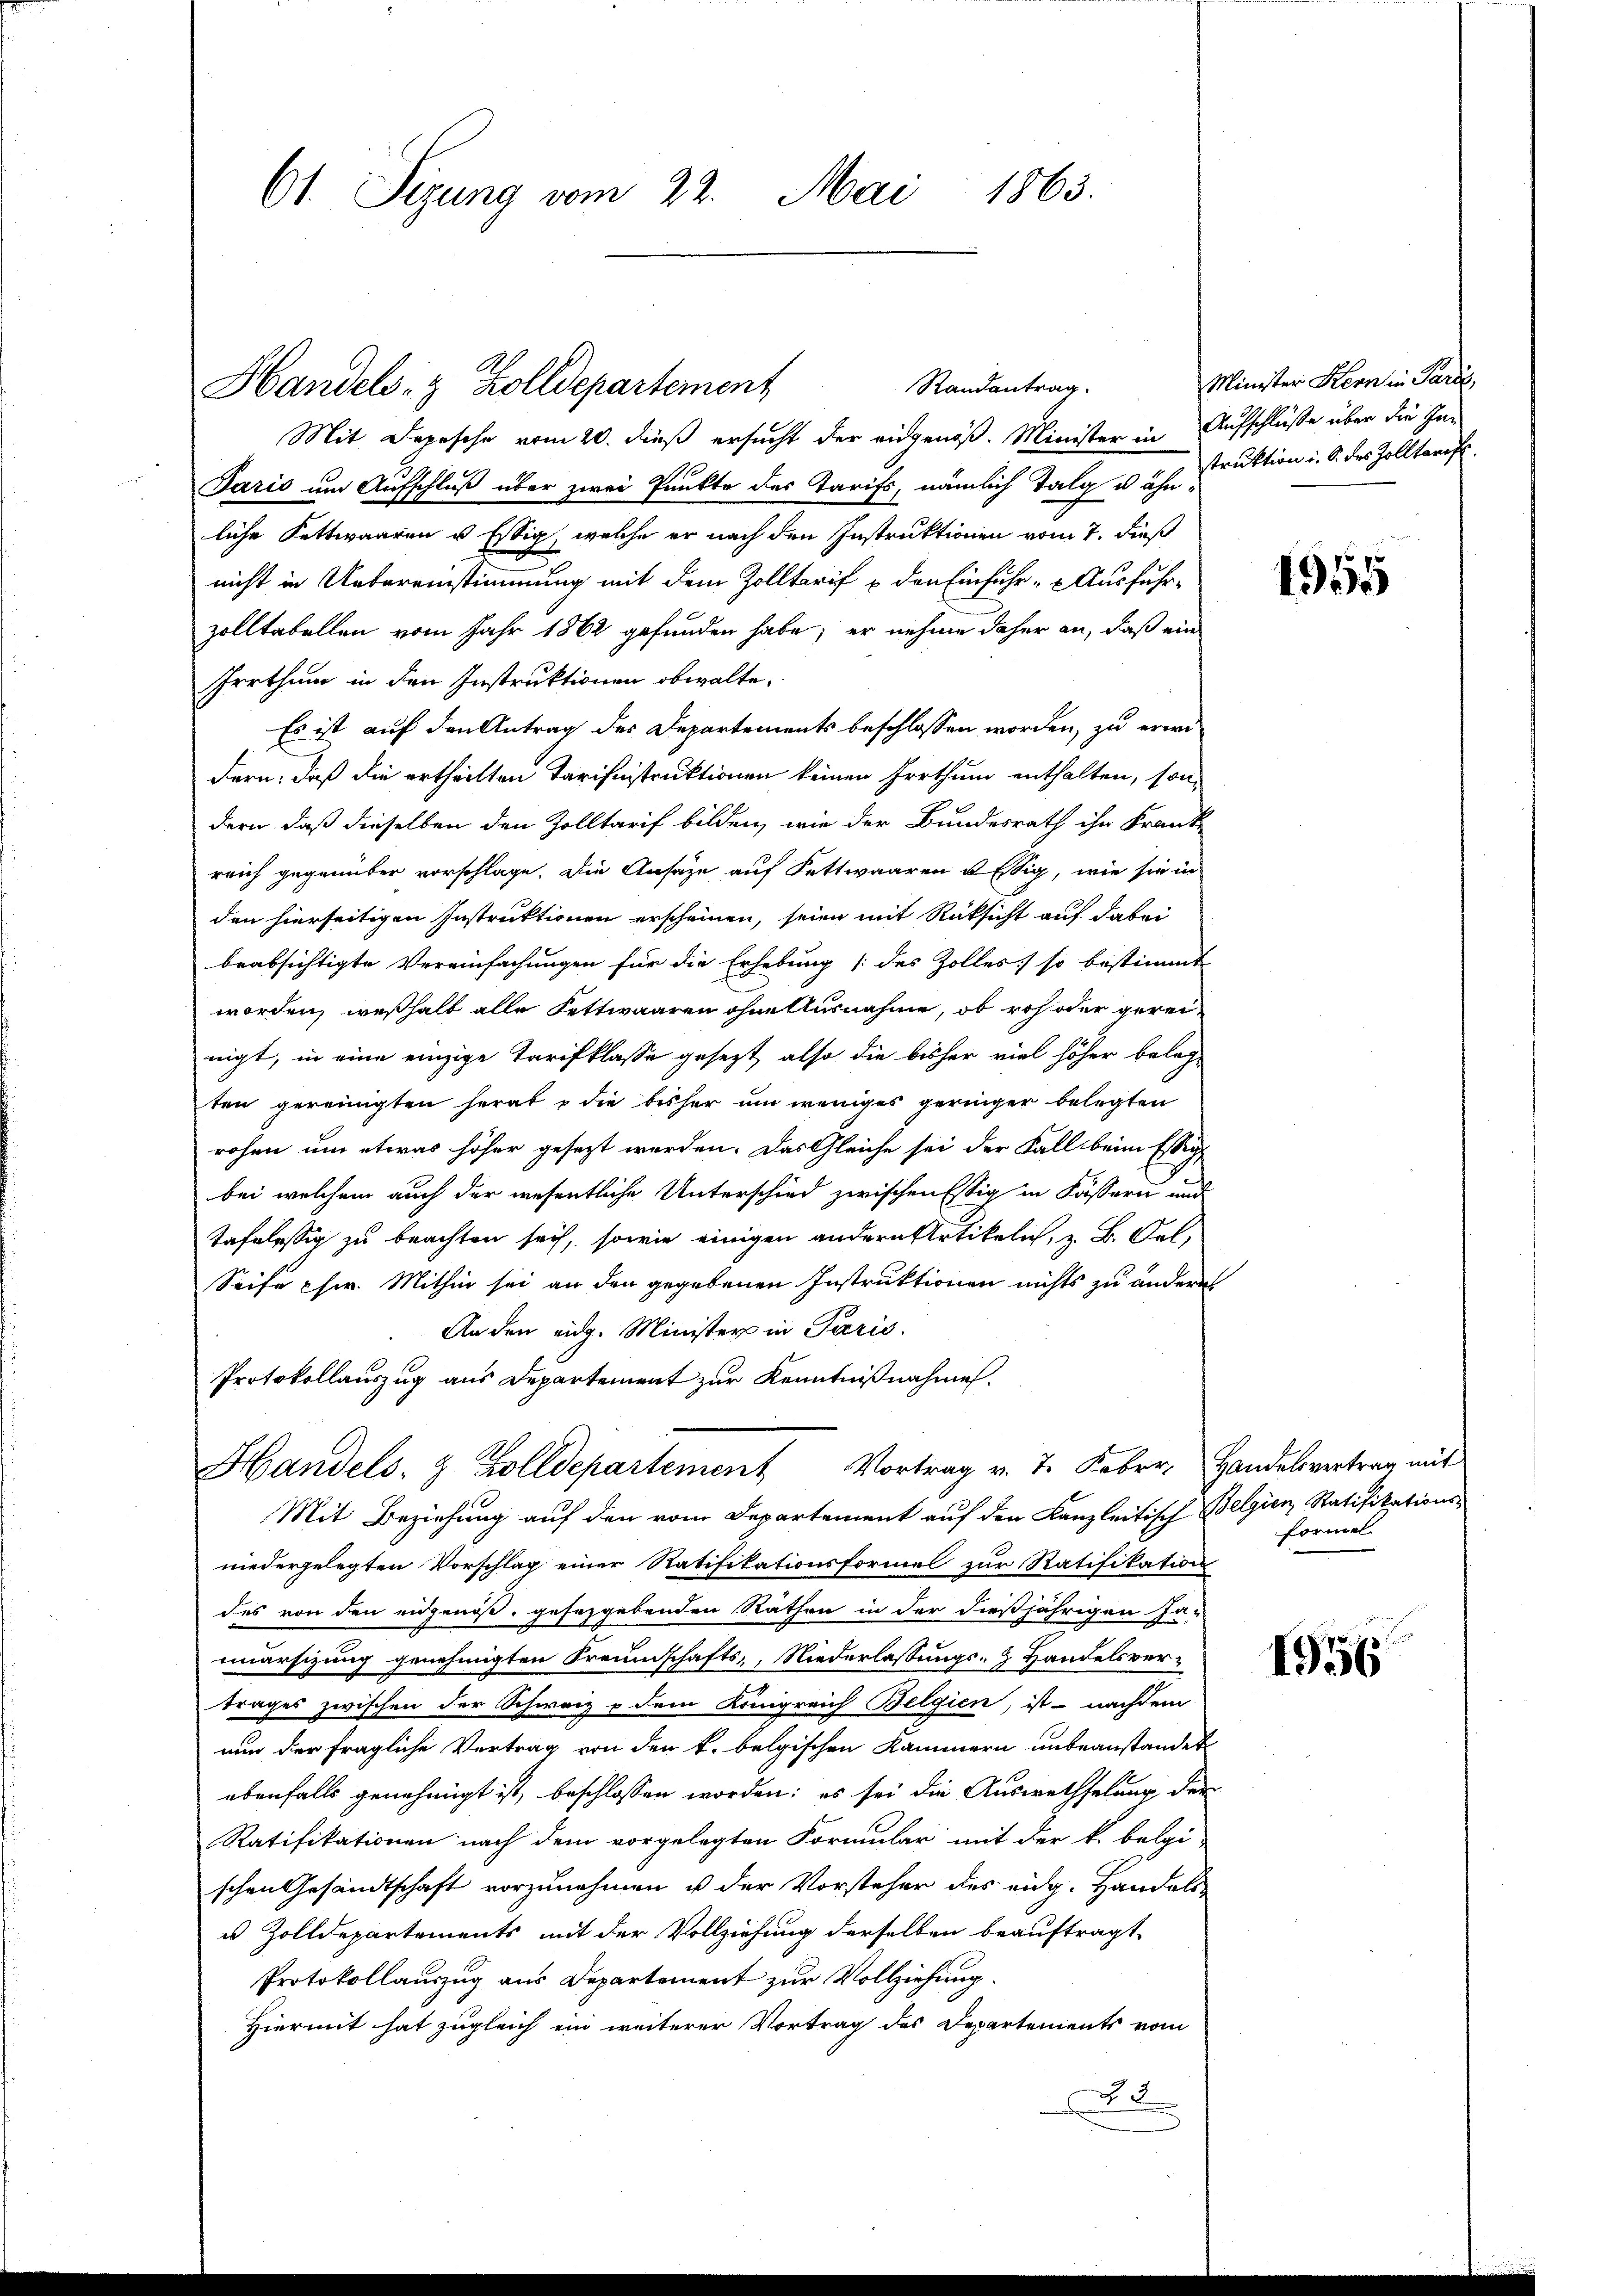
61. Sizung vom 22. Mai 1863.

Mit Depesche vom 20. dieß ersucht der eidgenöß. Minister in Aufschlüsse über die In¬
Jaris um Aufschluß über zwei Punkte des Tarifs, nämlich Talg u ähn-
liche Fettwaaren u Essig, welche er nach den Instruktionen vom 7. dieß
nicht in Uebereinstimmung mit dem Zolltarif u. den Einfuhr - Ausfuhrzolltabellen vom Jahr 1862 gefunden habe; er nehme daher an, daß ein
Irrthum in den Instruktionen obwalte,
Es ist auf den Antrag des Departements beschlossen worden, zu erwidern, daß die ertheilten Tarifnistruktionen keinen Irrthum enthalten, sondern, daß dieselben den Zolltarif bilden, wie der Bundesrath ihr Frank
reich gegenüber vorschlage. Die Ansäze auf Fettwaaren estig, wie sie in
den hierseitigen Instruktionen erscheinen, seien mit Rüksicht auf dabei
beabsichtigte Vereinfachungen für die Erhebung (des Zolles so bestimmt
worden, weshalt alle Fettwaaren ohne Ausnahme, ob roh oder gereinigt, in eine einzige Tarifklasse gesezt, also die bisher viel höher belegten gereinigten herab die bisher um weniges geringer belegten
rohen um etwas höher gesezt werden. Das Gleiche sei der Fall beim Essig
bei welchem auch der wesentliche Unterschied zwischen Essig in Kassern und
tafelessig zu beachten sei, sowie einigen andern Artikeln, z. B. Oel,
Seife chir. Mithin sei an den gegebenen Instruktionen nichts zu anderes
An den eidg. Minister in Paris.
Protokollauszug aus Departement zur Kenntnißnahme.
Handels- & Zolldepartement Vortrag v. 7. Febr. Handelsvertrag mit
Mit Beziehung auf den vom Departement auf den Kanzleitisch Belgien Ratifikations-
niedergelegten Vorschlag einer Ratifikationsformel zur Ratifikation
des von den eidgenoß, gesezgebenden Räthen in der dießjährigen Ja-
mnarsizung genehmigten Freundschafts-, Niederlassungs- & Handelsvertrages zwischen der Schwarz & dem Königreich Belgien, ist nachdem
nun der fragliche Vertrag von den k. belgischen Kammern unbeanstandet
ebenfalls genehmigt ist, beschlossen worden; es sei die Auswechselung der
Ratifikationen nach dem vorgelegten Formular mit der k. belgi-
schen Gesandtschaft vorzunehmen u der Vorsteher des eidg. Handels
u Zolldepartements mit der Vollziehung derselben beauftragt,
Protokollauszug aus Departement zur Vollziehung.
Hiermit hat zugleich ein weiterer Vortrag des Departements vom
2

Handels- & Zolldepartement

Randantrag.

Minister Kern in Paris,
struktion i. S. des Zolltarif

1955

Formel

1956